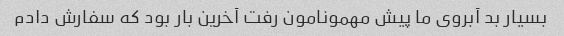
بسیار بد آبروى ما پیش مهمونامون رفت آخرین بار بود که سفارش دادم